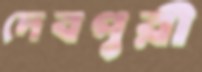
দেবপুরী